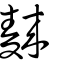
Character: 麳